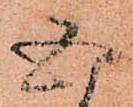
五